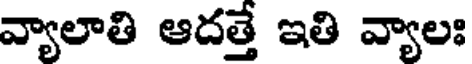
వ్యాలాతి ఆదత్తే ఇతి వ్యాలః